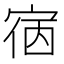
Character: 㝛